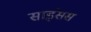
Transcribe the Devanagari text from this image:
साइंसस